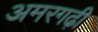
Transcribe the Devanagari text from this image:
अमरगढ़ी